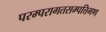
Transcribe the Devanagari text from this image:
परम्परागतसम्पत्तिगण